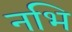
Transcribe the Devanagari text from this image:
नभि